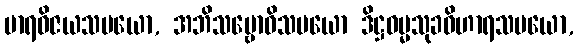
မာရဝိဇယသမယော, အဘိသမ္ဗောဓိသမယော ဒိဋ္ဌဓမ္မသုခဝိဟာရသမယော,